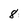
Character: 8